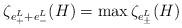
LaTeX: \begin{align*} \zeta_{e^{L} _{+} +e^{L} _{-}} (H ) = \max \zeta_{e^{L} _{\pm}} (H)\end{align*}